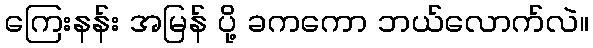
ကြေးနန်း အမြန် ပို့ ခကကော ဘယ်လောက်လဲ။